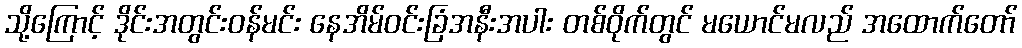
သို့ကြောင့် ဒိုင်းအတွင်းဝန်မင်း နေအိမ်ဝင်းခြံအနီးအပါး တစ်ဝိုက်တွင် မယောင်မလည် အထောက်တော်